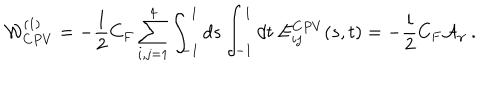
LaTeX: { \cal W } _ { C P V } ^ { ( 1 ) } = - { \frac { 1 } { 2 } } C _ { F } \sum _ { i , j = 1 } ^ { 4 } \int _ { - 1 } ^ { 1 } d s \int _ { - 1 } ^ { 1 } d t \ E _ { i j } ^ { C P V } ( s , t ) = - { \frac { i } { 2 } } C _ { F } { \cal A } _ { \gamma } \ .